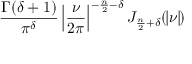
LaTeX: { \frac { \Gamma ( \delta + 1 ) } { \pi ^ { \delta } } } \left| { \frac { \boldsymbol { \nu } } { 2 \pi } } \right| ^ { - { \frac { n } { 2 } } - \delta } J _ { { \frac { n } { 2 } } + \delta } ( \! | { \boldsymbol { \nu } } | \! )